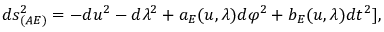
d s _ { ( A E ) } ^ { 2 } = - d u ^ { 2 } - d \lambda ^ { 2 } + a _ { E } ( u , \lambda ) d \varphi ^ { 2 } + b _ { E } ( u , \lambda ) d t ^ { 2 } ] ,